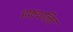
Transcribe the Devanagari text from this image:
हफ्थलिट